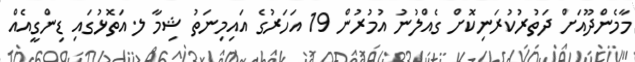
މާމެންދޫއަށް ދަތުރުކުރަނިކޮށް ގެއްލުނު އުމުރުުން 19 އަހަރުގެ އައިމިނަތު ޝިމާ ލ.އަތޮޅުގައި ޑިންގީއެއް